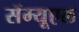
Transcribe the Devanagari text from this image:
सॅम्यूएल